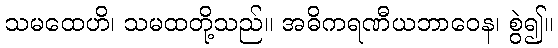
သမထေဟိ၊ သမထတို့သည်။ အဓိကရဏီယဘာဝေန၊ စွဲ၍။